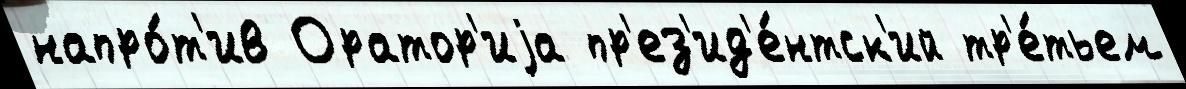
напро́т'ив Оратор'иjа пр'ез'ид'е́нтск'ий тр'е́тьем